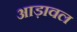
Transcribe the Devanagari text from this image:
आड़ावल